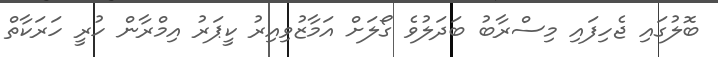
ބޮލުގައި ޖެހިފައި މިސްރާބު ބަދަލުވެ ގޯލަށް އަމާޒުވިއިރު ކީޕަރު އިމްރާން ހުރީ ހަރަކާތް